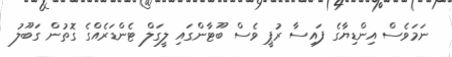
ނަމަވެސް އިންޑިޔާގެ ފައިސާ ރުޕީ ވެސް ބޫޓާންގައި ލީގަލް ޓެންޑަރެއްގެ ގޮތުން ގަބޫލު